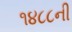
૧૪૮૮ની